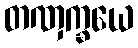
တဏှက္ခယေ